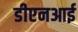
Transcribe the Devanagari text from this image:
डीएनआई